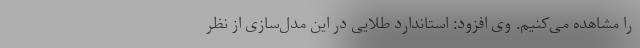
را مشاهده می‌کنیم. وی افزود: استاندارد طلایی در این مدل‌سازی از نظر